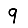
Digit: 9